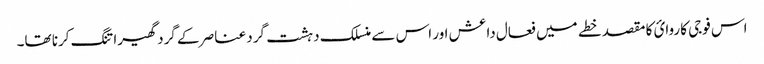
اس فوجی کاروائ کا مقصد خطے میں فعال داعش اور اس سے منسلک دہشت گرد عناصر کے گرد گھیرا تنگ کرنا تھا۔